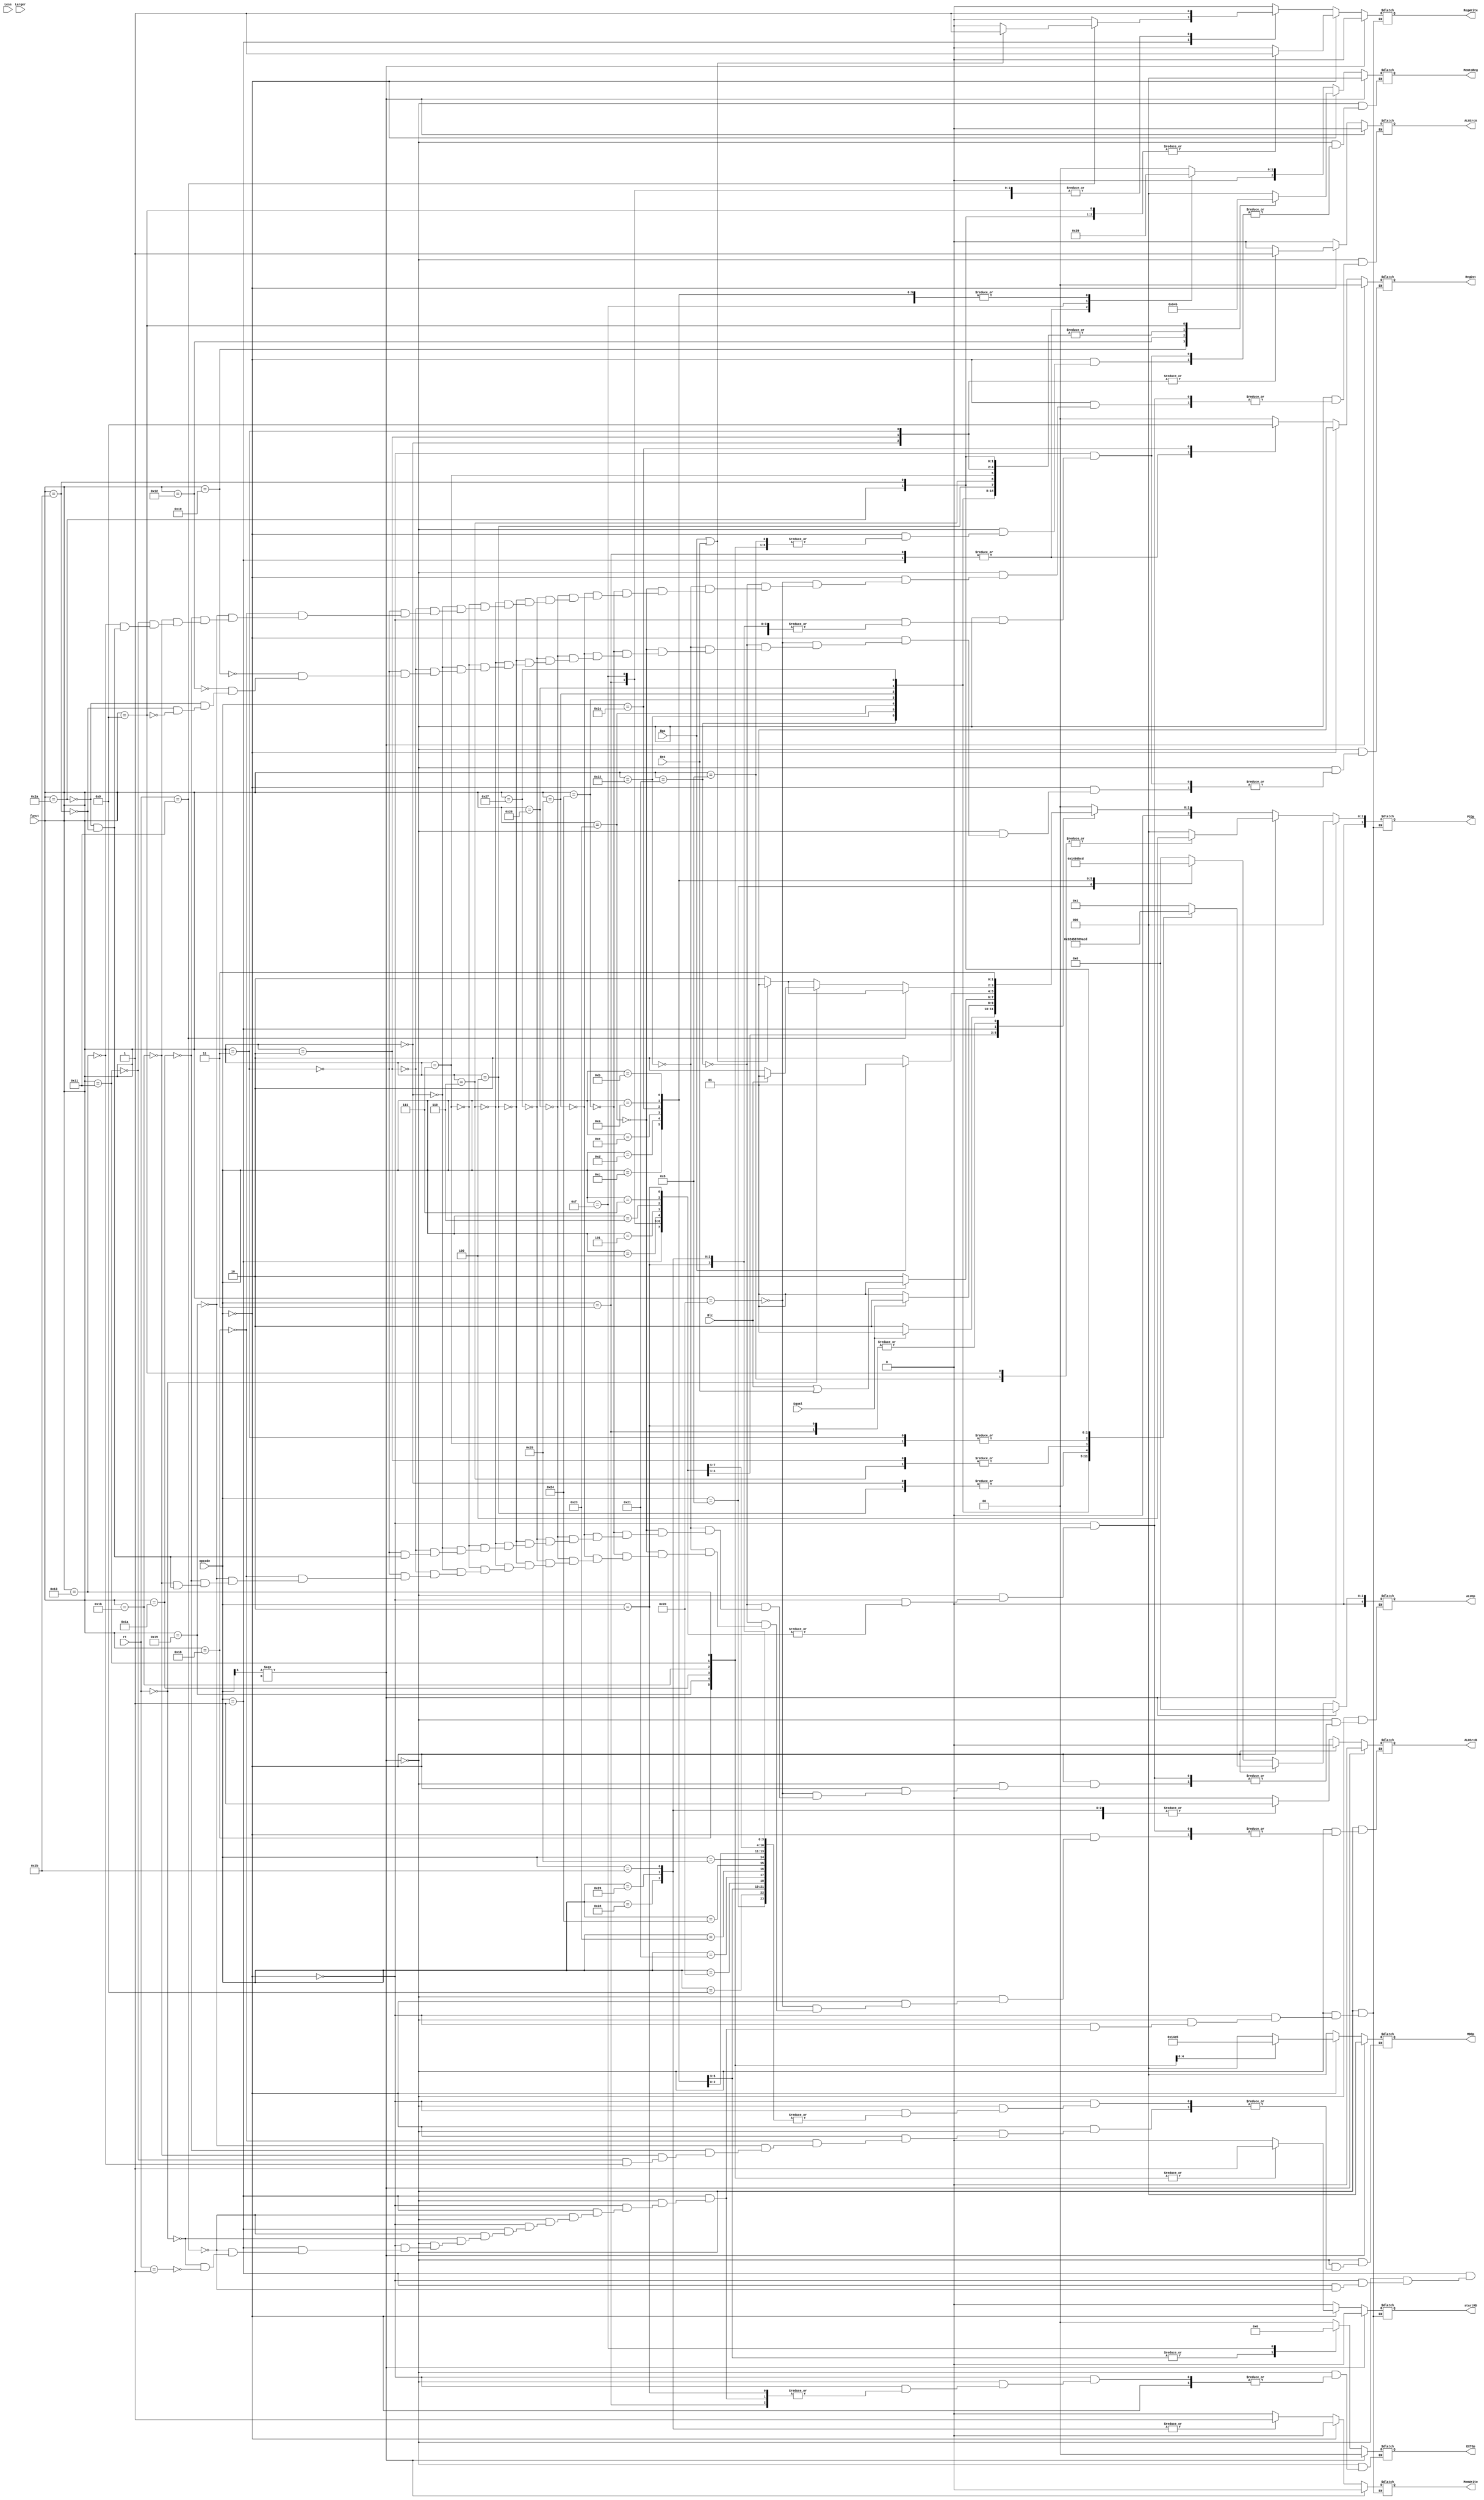
`timescale 1ns / 1ps
//////////////////////////////////////////////////////////////////////////////////
module controller(
    input [5:0] opcode,
    input [5:0] funct,
	 input [4:0] rt,
	 input Equal,
	 input Larger,
	 input Less,
	 input Bez,
	 input Bgz,
	 input Blz,
	 output reg [1:0] RegDst,//
	 output reg [3:0] PCOp,//PC
	 output reg [4:0] ALUOp,//ALU
	 output reg [2:0] MDOp,//
	 output reg [1:0] EXTOp,//
	 output reg MemWrite,//
	 output reg RegWrite,//
	 output reg ALUSrcA,//ALU
	 output reg ALUSrcB,//ALU
	 output reg [2:0] MemtoReg,//
	 output reg startMD//
    );
	 
	 always @(*)//0
	 begin
	    if(opcode[5]===1'bx)
		 begin
		    RegDst=0;
			 PCOp=0;
			 ALUOp=0;
			 MDOp=0;
			 EXTOp=0;
			 MemWrite=0;
			 RegWrite=0;
			 ALUSrcA=0;
			 ALUSrcB=0;
			 MemtoReg=0;
			 startMD=0;
		 end
		 
	    else if(opcode==6'b000000)
		 begin
		    case(funct)				 
				 6'b100000://add
				 begin
				    RegDst=1;
					 PCOp=0;
					 ALUOp=1;
					 MemWrite=0;
					 RegWrite=1;
					 ALUSrcA=0;
					 ALUSrcB=0;
					 MemtoReg=1;
					 startMD=0;
				 end
				 
			    6'b100001://addu
				 begin
				    RegDst=1;
					 PCOp=0;
					 ALUOp=0;
					 MemWrite=0;
					 RegWrite=1;
					 ALUSrcA=0;
					 ALUSrcB=0;
					 MemtoReg=1;
					 startMD=0;
				 end
				 
				 6'b100010://sub
				 begin
				    RegDst=1;
					 PCOp=0;
					 ALUOp=3;
					 MemWrite=0;
					 RegWrite=1;
					 ALUSrcA=0;
					 ALUSrcB=0;
					 MemtoReg=1;
					 startMD=0;
				 end
				 
				 6'b100011://subu
				 begin
				    RegDst=1;
					 PCOp=0;
					 ALUOp=2;
					 MemWrite=0;
					 RegWrite=1;
					 ALUSrcA=0;
					 ALUSrcB=0;
					 MemtoReg=1;
					 startMD=0;
				 end
				 
				 6'b100100://and
				 begin
				    RegDst=1;
					 PCOp=0;
					 ALUOp=4;
					 MemWrite=0;
					 RegWrite=1;
					 ALUSrcA=0;
					 ALUSrcB=0;
					 MemtoReg=1;
					 startMD=0;
				 end
				 
				 6'b100101://or
				 begin
				    RegDst=1;
					 PCOp=0;
					 ALUOp=5;
					 MemWrite=0;
					 RegWrite=1;
					 ALUSrcA=0;
					 ALUSrcB=0;
					 MemtoReg=1;
					 startMD=0;
				 end
				 
				 6'b100110://xor
				 begin
				    RegDst=1;
					 PCOp=0;
					 ALUOp=6;
					 MemWrite=0;
					 RegWrite=1;
					 ALUSrcA=0;
					 ALUSrcB=0;
					 MemtoReg=1;
					 startMD=0;
				 end
				 
				 6'b100111://nor
				 begin
				    RegDst=1;
					 PCOp=0;
					 ALUOp=7;
					 MemWrite=0;
					 RegWrite=1;
					 ALUSrcA=0;
					 ALUSrcB=0;
					 MemtoReg=1;
					 startMD=0;
				 end
				 
				 6'b000100://sllv
				 begin
				    RegDst=1;
					 PCOp=0;
					 ALUOp=8;
					 MemWrite=0;
					 RegWrite=1;
					 ALUSrcA=0;
					 ALUSrcB=0;
					 MemtoReg=1;
					 startMD=0;
				 end
				 
				 6'b000110://srlv
				 begin
				    RegDst=1;
					 PCOp=0;
					 ALUOp=9;
					 MemWrite=0;
					 RegWrite=1;
					 ALUSrcA=0;
					 ALUSrcB=0;
					 MemtoReg=1;
					 startMD=0;
				 end
				 
				 6'b000111://srav
				 begin
				    RegDst=1;
					 PCOp=0;
					 ALUOp=10;
					 MemWrite=0;
					 RegWrite=1;
					 ALUSrcA=0;
					 ALUSrcB=0;
					 MemtoReg=1;
					 startMD=0;
				 end
				 
				 6'b000000://sll
				 begin
				    RegDst=1;
					 PCOp=0;
					 ALUOp=8;
					 MemWrite=0;
					 RegWrite=1;
					 ALUSrcA=1;
					 ALUSrcB=0;
					 MemtoReg=1;
					 startMD=0;
				 end
				 			 
				 6'b000010://srl
				 begin
				    RegDst=1;
					 PCOp=0;
					 ALUOp=9;
					 MemWrite=0;
					 RegWrite=1;
					 ALUSrcA=1;
					 ALUSrcB=0;
					 MemtoReg=1;
					 startMD=0;
				 end
				 				 
				 6'b000011://sra
				 begin
				    RegDst=1;
					 PCOp=0;
					 ALUOp=10;
					 MemWrite=0;
					 RegWrite=1;
					 ALUSrcA=1;
					 ALUSrcB=0;
					 MemtoReg=1;
					 startMD=0;
				 end
				 
				 6'b011000://mult
				 begin
					 PCOp=0;
					 MDOp=0;
					 MemWrite=0;
					 RegWrite=0;
					 ALUSrcA=0;
					 ALUSrcB=0;
					 startMD=1;
				 end
				 
				 6'b011001://multu
				 begin
				    PCOp=0;
					 MDOp=1;
					 MemWrite=0;
					 RegWrite=0;
					 ALUSrcA=0;
					 ALUSrcB=0;
					 startMD=1;
				 end
				 
				 6'b011010://div
				 begin
				    PCOp=0;
					 MDOp=2;
					 MemWrite=0;
					 RegWrite=0;
					 ALUSrcA=0;
					 ALUSrcB=0;
					 startMD=1;
				 end
				 
				 6'b011011://divu
				 begin
				    PCOp=0;
					 MDOp=3;
					 MemWrite=0;
					 RegWrite=0;
					 ALUSrcA=0;
					 ALUSrcB=0;
					 startMD=1;
				 end
				 
				 6'b010001://mthi
				 begin
					 PCOp=0;
					 MDOp=4;
					 MemWrite=0;
					 RegWrite=0;
					 ALUSrcA=0;
					 startMD=1;
				 end
				 
				 6'b010011://mtlo
				 begin
				    PCOp=0;
					 MDOp=5;
					 MemWrite=0;
					 RegWrite=0;
					 ALUSrcA=0;
					 startMD=1;
				 end
				 
				 6'b010000://mfhi
				 begin
				    RegDst=1;
					 PCOp=0;
					 MemWrite=0;
					 RegWrite=1;
					 MemtoReg=4;
					 startMD=0;//start=0,
				 end
				 
				 6'b010010://mflo
				 begin
				    RegDst=1;
					 PCOp=0;
					 MemWrite=0;
					 RegWrite=1;
					 MemtoReg=5;
					 startMD=0;
				 end	
             
             6'b101010://slt
				 begin
				    RegDst=1;
					 PCOp=0;
					 ALUOp=12;
					 MemWrite=0;
					 RegWrite=1;
					 ALUSrcA=0;
					 ALUSrcB=0;
					 MemtoReg=1;
					 startMD=0;
				 end
				 
				 6'b101011://sltu
				 begin
				    RegDst=1;
					 PCOp=0;
					 ALUOp=13;
					 MemWrite=0;
					 RegWrite=1;
					 ALUSrcA=0;
					 ALUSrcB=0;
					 MemtoReg=1;
					 startMD=0;
				 end
				 				 
				 6'b001000://jr
				 begin
					 PCOp=4;
					 MemWrite=0;
					 RegWrite=0;
					 startMD=0;
				 end
				 
				 6'b001001://jalr
				 begin
				    RegDst=1;
					 PCOp=4;
					 MemWrite=0;
					 RegWrite=1;
					 MemtoReg=3;
					 startMD=0;
				 end
				 
				 default:
				 begin
					 PCOp=0;
					 MemWrite=0;
					 RegWrite=0;
					 MemtoReg=0;
					 startMD=0;
				 end    
			 endcase
		 end
		 
		 else
		 begin
		    case(opcode)			 
				 6'b001000://addi
				 begin
				    RegDst=0;
					 PCOp=0;
					 ALUOp=1;
					 EXTOp=0;
					 MemWrite=0;
					 RegWrite=1;
					 ALUSrcA=0;
					 ALUSrcB=1;
					 MemtoReg=1;
					 startMD=0;
				 end
				 
				 6'b001001://addiu
				 begin
				    RegDst=0;
					 PCOp=0;
					 ALUOp=0;
					 EXTOp=0;
					 MemWrite=0;
					 RegWrite=1;
					 ALUSrcA=0;
					 ALUSrcB=1;
					 MemtoReg=1;
					 startMD=0;
				 end
				 
				 6'b001100://andi
				 begin
				    RegDst=0;
					 PCOp=0;
					 ALUOp=4;
					 EXTOp=1;
					 MemWrite=0;
					 RegWrite=1;
					 ALUSrcA=0;
					 ALUSrcB=1;
					 MemtoReg=1;
					 startMD=0;
				 end
				 				 
				 6'b001101://ori
				 begin
				    RegDst=0;
					 PCOp=0;
					 ALUOp=5;
					 EXTOp=1;
					 MemWrite=0;
					 RegWrite=1;
					 ALUSrcA=0;
					 ALUSrcB=1;
					 MemtoReg=1;
					 startMD=0;
				 end
				 
				 6'b001110://xori
				 begin
				    RegDst=0;
					 PCOp=0;
					 ALUOp=6;
					 EXTOp=1;
					 MemWrite=0;
					 RegWrite=1;
					 ALUSrcA=0;
					 ALUSrcB=1;
					 MemtoReg=1;
					 startMD=0;
				 end
				 
				 6'b000100://beq
				 begin
				    if(Equal) PCOp=1;
					 else PCOp=2;//PC+8
					 
					 EXTOp=0;
					 MemWrite=0;
					 RegWrite=0;
					 startMD=0;
				 end
				 
				 6'b000101://bne
				 begin
				    if(!Equal) PCOp=1;
					 else PCOp=2;
					 
					 EXTOp=0;
					 MemWrite=0;
					 RegWrite=0;
					 startMD=0;
				 end
				 
				 6'b000110://blez
				 begin
				    if(Blz||Bez) PCOp=1;
					 else PCOp=2;

					 EXTOp=0;
					 MemWrite=0;
					 RegWrite=0;
					 startMD=0;
				 end
				 
				 6'b000111://bgtz
				 begin
				    if(Bgz) PCOp=1;
					 else PCOp=2;

					 EXTOp=0;
					 MemWrite=0;
					 RegWrite=0;
					 startMD=0;
				 end
				 
				 6'b000001:
				 begin
				    if(rt==5'b10001)//bgezal
					 begin
					    if(Bgz||Bez)
						 begin
						    PCOp=1; 
                      RegWrite=1;							 
						 end
						 
						 else
						 begin
						    PCOp=2; 
                      RegWrite=0;							 
						 end
                    
                   RegDst=2;
						 EXTOp=0;
						 MemWrite=0;						 
						 MemtoReg=3;
						 startMD=0;						  				       
					 end
					 
					 else if(rt==5'b00000)//bltz
					 begin
				       if(Blz) PCOp=1;
					    else PCOp=2;

					    EXTOp=0;
						 MemWrite=0;
						 RegWrite=0;
						 startMD=0;
				    end
					 
					 else if(rt==5'b00001)//bgez
					 begin
				       if(Bgz||Bez) PCOp=1;
					    else PCOp=2;

					    EXTOp=0;
						 MemWrite=0;
						 RegWrite=0;
						 startMD=0;
				    end
				 end
				 
				 6'b000010://j
				 begin
					 PCOp=3;
					 MemWrite=0;
					 RegWrite=0;
					 startMD=0;
				 end
				 
				 6'b000011://jal
				 begin
				    RegDst=2;
					 PCOp=3;
					 MemWrite=0;
					 RegWrite=1;
					 MemtoReg=3;
					 startMD=0;
				 end
				 
				 6'b001111://lui
				 begin
				    RegDst=0;
					 PCOp=0;
					 EXTOp=2;
					 MemWrite=0;
					 RegWrite=1;
					 MemtoReg=2;
					 startMD=0;
				 end
				 //load,storedm 
				 6'b100000://lb
				 begin
				    RegDst=0;
					 PCOp=0;
					 ALUOp=0;
					 EXTOp=0;
					 MemWrite=0;
					 RegWrite=1;
					 ALUSrcA=0;
					 ALUSrcB=1;
					 MemtoReg=0;
					 startMD=0;
				 end
             
				 6'b100001://lh
				 begin
				    RegDst=0;
					 PCOp=0;
					 ALUOp=0;
					 EXTOp=0;
					 MemWrite=0;
					 RegWrite=1;
					 ALUSrcA=0;
					 ALUSrcB=1;
					 MemtoReg=0;
					 startMD=0;
				 end
				 
				 6'b100011://lw
				 begin
				    RegDst=0;
					 PCOp=0;
					 ALUOp=0;
					 EXTOp=0;
					 MemWrite=0;
					 RegWrite=1;
					 ALUSrcA=0;
					 ALUSrcB=1;
					 MemtoReg=0;
					 startMD=0;
				 end
				 
				 6'b100100://lbu
				 begin
				    RegDst=0;
					 PCOp=0;
					 ALUOp=0;
					 EXTOp=0;
					 MemWrite=0;
					 RegWrite=1;
					 ALUSrcA=0;
					 ALUSrcB=1;
					 MemtoReg=0;
					 startMD=0;
				 end
				 
				 6'b100101://lhu
				 begin
				    RegDst=0;
					 PCOp=0;
					 ALUOp=0;
					 EXTOp=0;
					 MemWrite=0;
					 RegWrite=1;
					 ALUSrcA=0;
					 ALUSrcB=1;
					 MemtoReg=0;
					 startMD=0;
				 end
				 
				 6'b101000://sb
				 begin
					 PCOp=0;
					 ALUOp=0;
					 EXTOp=0;
					 MemWrite=1;
					 RegWrite=0;
					 ALUSrcA=0;
					 ALUSrcB=1;
					 startMD=0;
				 end
				 
				 6'b101001://sh
				 begin
					 PCOp=0;
					 ALUOp=0;
					 EXTOp=0;
					 MemWrite=1;
					 RegWrite=0;
					 ALUSrcA=0;
					 ALUSrcB=1;
					 startMD=0;
				 end
				 
				 6'b101011://sw
				 begin
					 PCOp=0;
					 ALUOp=0;
					 EXTOp=0;
					 MemWrite=1;
					 RegWrite=0;
					 ALUSrcA=0;
					 ALUSrcB=1;
					 startMD=0;
				 end	
             
             6'b011100://clz
				 begin
				    RegDst=1;
					 PCOp=0;
					 ALUOp=11;
					 EXTOp=0;
					 MemWrite=0;
					 RegWrite=1;
					 ALUSrcA=0;
					 ALUSrcB=0;
					 MemtoReg=1;
					 startMD=0;
				 end
				 
				 6'b001010://slti
				 begin
				    RegDst=0;
					 PCOp=0;
					 ALUOp=12;
					 EXTOp=0;
					 MemWrite=0;
					 RegWrite=1;
					 ALUSrcA=0;
					 ALUSrcB=1;
					 MemtoReg=1;
					 startMD=0;
				 end
				 
				 6'b001011://sltiu
				 begin
				    RegDst=0;
					 PCOp=0;
					 ALUOp=13;
					 EXTOp=0;
					 MemWrite=0;
					 RegWrite=1;
					 ALUSrcA=0;
					 ALUSrcB=1;
					 MemtoReg=1;
					 startMD=0;
				 end  
				 
				 default:
				 begin
				    RegDst=0;
					 PCOp=0;
					 ALUOp=0;
					 MDOp=0;
					 EXTOp=0;
					 MemWrite=0;
					 RegWrite=0;
					 ALUSrcA=0;
					 ALUSrcB=0;
					 MemtoReg=0;
					 startMD=0;
				 end 
			 endcase
		 end
	 end

endmodule